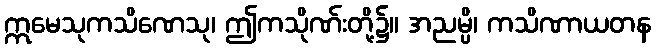
ဣမေသုကသိဏေသု၊ ဤကသိုဏ်းတို့၌။ အညမ္ပိ၊ ကသိဏာယတန